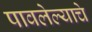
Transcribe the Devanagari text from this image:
पावलेल्याचे